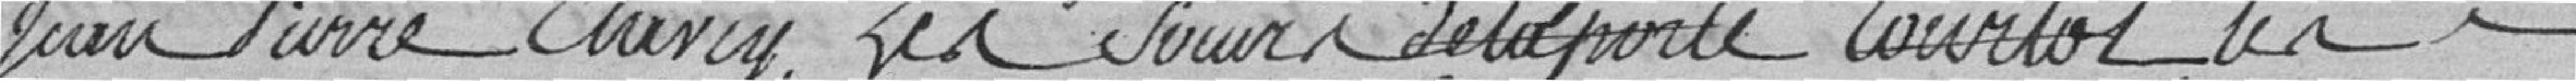
jean Pierre Clavicy, les sœurs de la porte Courtot, les heritiers